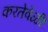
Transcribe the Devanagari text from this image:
करतेवेळीं